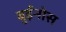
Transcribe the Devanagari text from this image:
बुईनोस